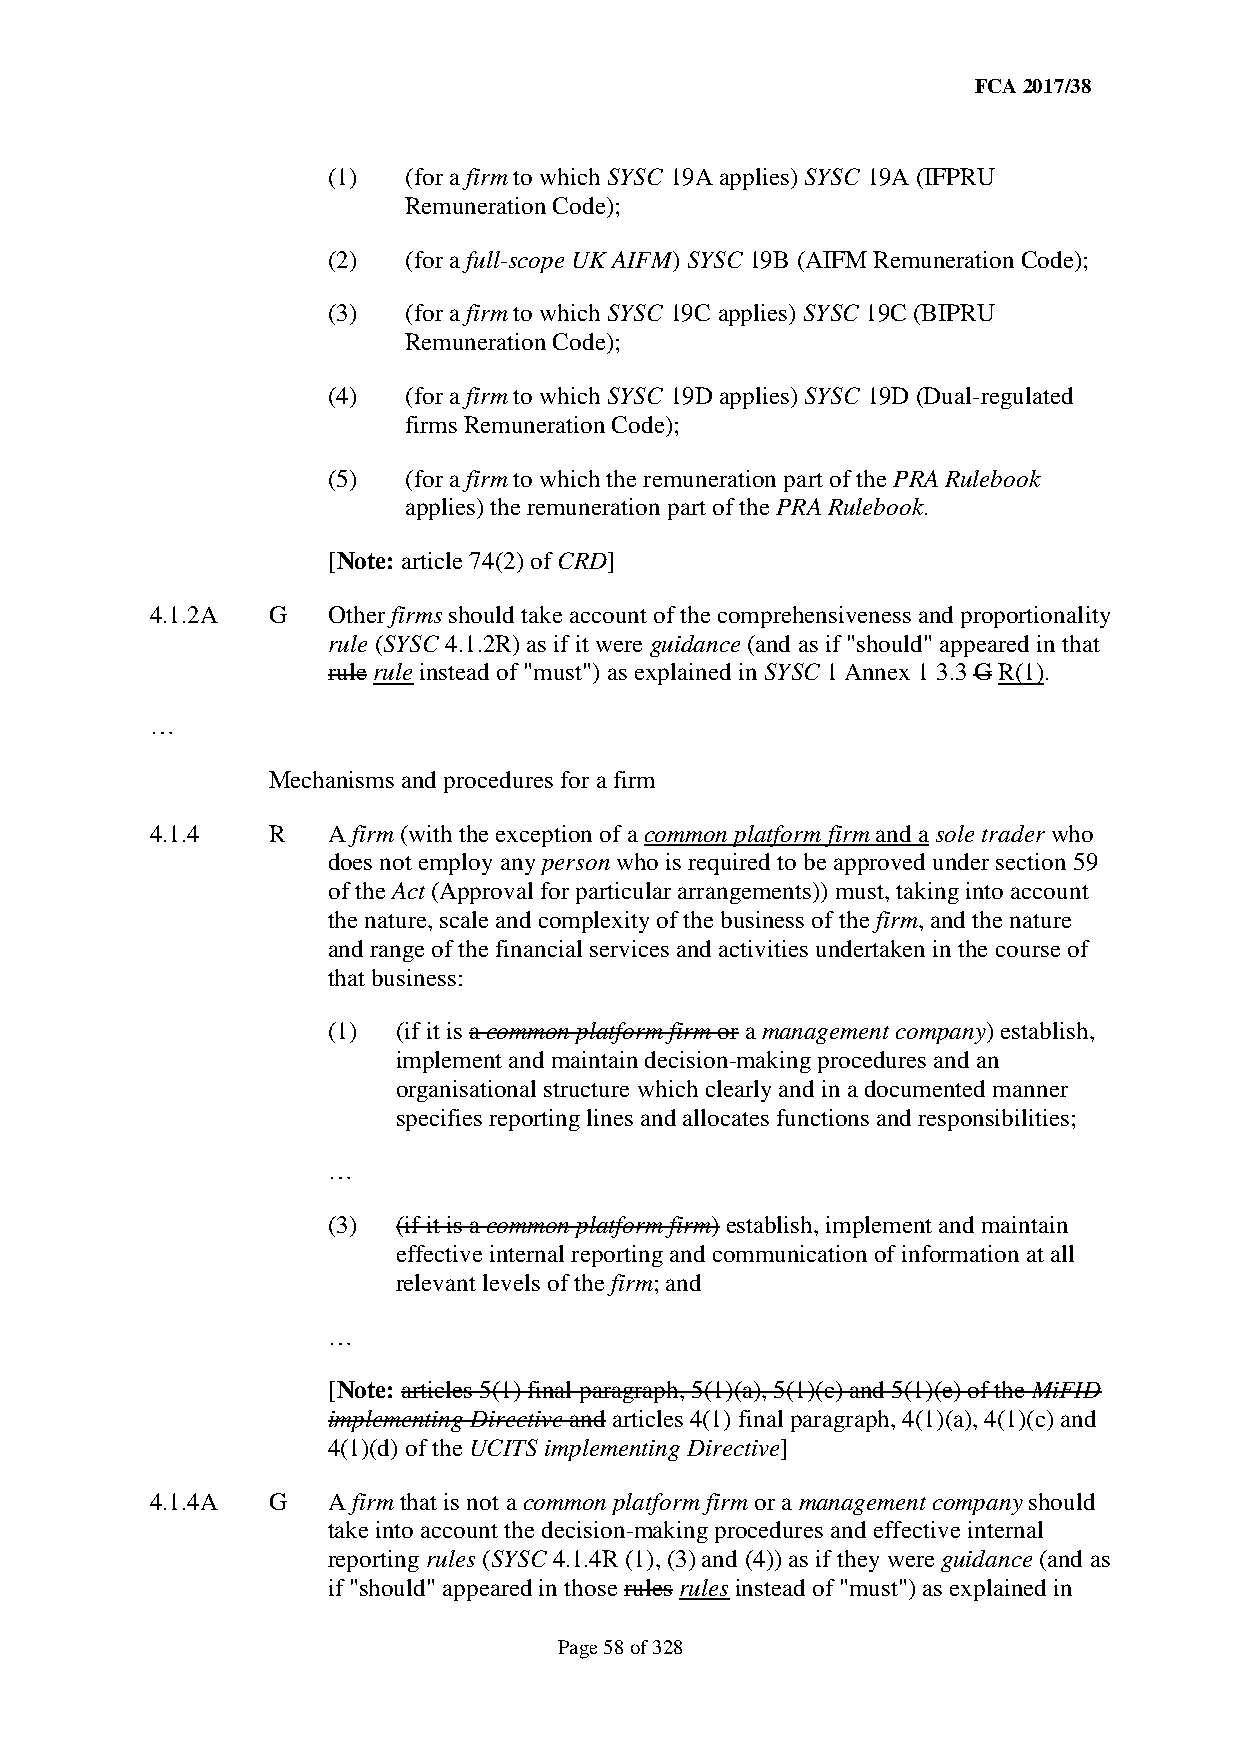
FCA 2017/38
 (1)  (for a firm to which SYSC 19A applies) SYSC 19A (IFPRU
 Remuneration Code);
 (2)  (for a full-scope UK AIFM) SYSC 19B (AIFM Remuneration Code);
 (3)  (for a firm to which SYSC 19C applies) SYSC 19C (BIPRU
 Remuneration Code);
 (4)  (for a firm to which SYSC 19D applies) SYSC 19D (Dual-regulated
 firms Remuneration Code);
 (5)  (for a firm to which the remuneration part of the PRA Rulebook
 applies) the remuneration part of the PRA Rulebook.
 [Note: article 74(2) of CRD]
 4.1.2A  G   Other firms should take account of the comprehensiveness and proportionality
 rule (SYSC 4.1.2R) as if it were guidance (and as if "should" appeared in that
 rule rule instead of "must") as explained in SYSC 1 Annex 1 3.3 G R(1).
 …
 Mechanisms and procedures for a firm
 4.1.4   R   A firm (with the exception of a common platform firm and a sole trader who
 does not employ any person who is required to be approved under section 59
 of the Act (Approval for particular arrangements)) must, taking into account
 the nature, scale and complexity of the business of the firm, and the nature
 and range of the financial services and activities undertaken in the course of
 that business:
 (1) (if it is a common platform firm or a management company) establish,
 implement and maintain decision-making procedures and an
 organisational structure which clearly and in a documented manner
 specifies reporting lines and allocates functions and responsibilities;
 …
 (3) (if it is a common platform firm) establish, implement and maintain
 effective internal reporting and communication of information at all
 relevant levels of the firm; and
 …
 [Note: articles 5(1) final paragraph, 5(1)(a), 5(1)(c) and 5(1)(e) of the MiFID
 implementing Directive and articles 4(1) final paragraph, 4(1)(a), 4(1)(c) and
 4(1)(d) of the UCITS implementing Directive]
 4.1.4A  G   A firm that is not a common platform firm or a management company should
 take into account the decision-making procedures and effective internal
 reporting rules (SYSC 4.1.4R (1), (3) and (4)) as if they were guidance (and as
 if "should" appeared in those rules rules instead of "must") as explained in
 Page 58 of 328